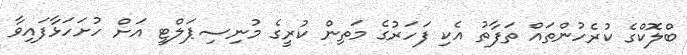
ބްލޮކްގެ ކުރެހުންތައް ތަފާތު އެކި ފަހަރުގެ މަތިން ކުރީގެ މުނިސިޕަލްޓީ އަށް ހުށަހަޅާފައިވާ